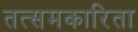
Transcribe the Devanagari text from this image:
तत्समकारिता